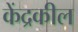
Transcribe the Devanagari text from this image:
केंद्रकील